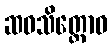
ဆဝသိတ္တောဝ